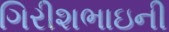
ગિરીશભાઇની